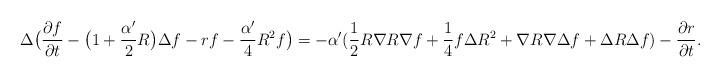
LaTeX: \begin{align*}\Delta\big(\frac{\partial f}{\partial t}-\big(1+\frac{\alpha'}{2}R\big)\Delta f-rf-\frac{\alpha'}{4}R^2f\big)=-\alpha'(\frac{1}{2}R\nabla R\nabla f+\frac{1}{4}f\Delta R^2+\nabla R\nabla\Delta f+\Delta R\Delta f)-\frac{\partial r}{\partial t}.\end{align*}